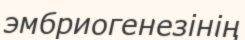
эмбриогенезінің